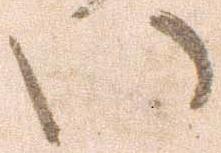
い